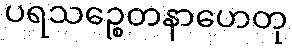
ပရသဉ္စေတနာဟေတု